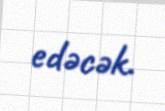
edəcək.